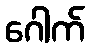
ဂေါက်